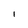
Character: I